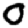
Digit: 0